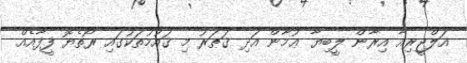
އަލްޖީރިއާ އިރާން ލީބިޔާ ޢުމާން އަދި ޤަޠަރު މި ޤައުމުތަކުގައި ރޯތެޔޮ ފީފާއެއް